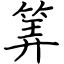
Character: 筭